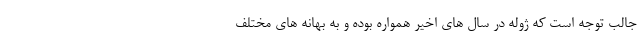
جالب توجه است که ژوله در سال های اخیر همواره بوده و به بهانه های مختلف